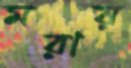
মরায়